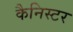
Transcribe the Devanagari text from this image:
कैनिस्टर